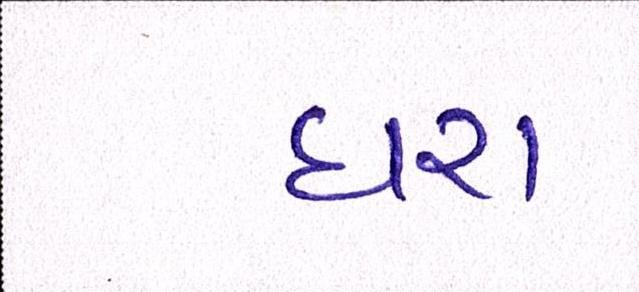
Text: ધરા